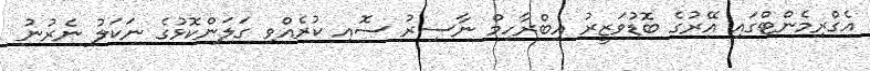
އެގްރިމެންޓްގައި އޭރުގެ ބޮޑުވަޒީރު އިބްރާހިމް ނާސިރު ސޮއި ކުރެއްވި ގަލަންކޮޅުގެ ނަކަލު ނެރުނު